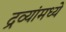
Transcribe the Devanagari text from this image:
द्रव्यांमध्ये